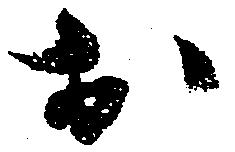
於